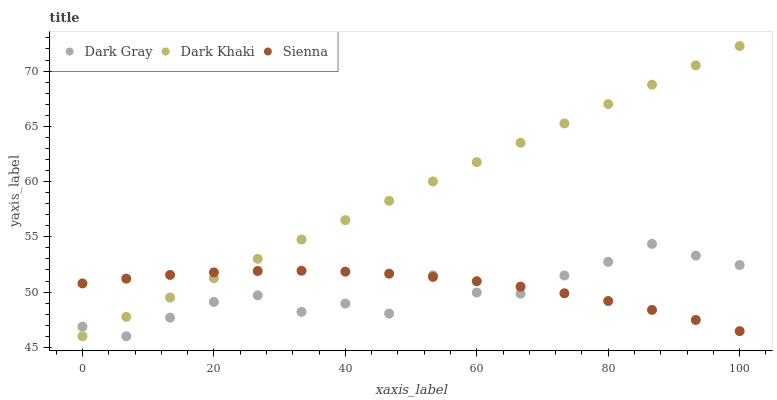
| xaxis_label | Dark Gray | Dark Khaki | Sienna |
 | --- | --- | --- | --- |
 | 0 | 46.9 | 46 | 50.8 |
 | 6.67 | 46 | 47.8 | 51.2 |
 | 13.3 | 47.7 | 49.5 | 51.5 |
 | 20 | 49.1 | 51.3 | 51.8 |
 | 26.7 | 49.7 | 53 | 51.9 |
 | 33.3 | 48.2 | 54.8 | 51.9 |
 | 40 | 49 | 56.5 | 51.8 |
 | 46.7 | 48 | 58.3 | 51.7 |
 | 53.3 | 51.5 | 60 | 51.4 |
 | 60 | 50 | 61.8 | 51 |
 | 66.7 | 49.9 | 63.5 | 50.5 |
 | 73.3 | 51.5 | 65.3 | 49.9 |
 | 80 | 52.7 | 67 | 49.2 |
 | 86.7 | 54.4 | 68.8 | 48.4 |
 | 93.3 | 53.3 | 70.5 | 47.5 |
 | 100 | 52.4 | 72.3 | 46.5 |